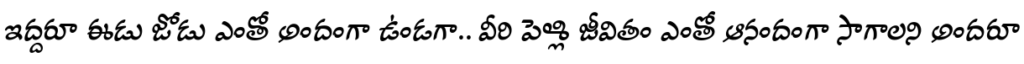
ఇద్దరూ ఈడు జోడు ఎంతో అందంగా ఉండగా.. వీరి పెళ్లి జీవితం ఎంతో ఆనందంగా సాగాలని అందరూ